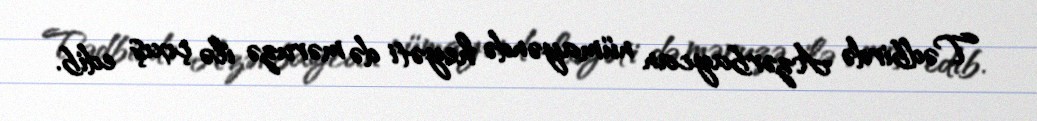
Tədbirdə Azərbaycan nümayəndə heyəti də məruzə ilə çıxış edib.